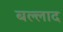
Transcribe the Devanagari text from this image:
बल्लाद